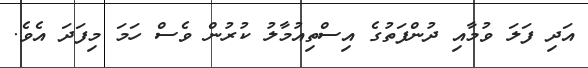
އަދި ފަލަ ވުމާއި ދުންފަތުގެ އިސްތިއުމާލު ކުރުން ވެސް ހަމަ މިފަދަ އެވެ.